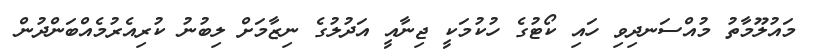
މައުލޫމާތު މުއްސަނދިވި ހައި ކޯޓުގެ ހުކުމަކީ ޖިނާއީ އަދުލުގެ ނިޒާމަށް ލިބުނު ކުރިއެރުމެއްބަންދުން